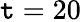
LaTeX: \mathtt{t}=20